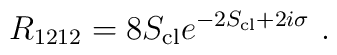
R_{1212}=8S_{{\rm cl}}e^{-2S_{{\rm cl}}+2i\sigma}\ .